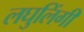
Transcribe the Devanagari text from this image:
लघुलिंगी